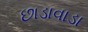
છાડાવાડા